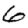
Digit: 6